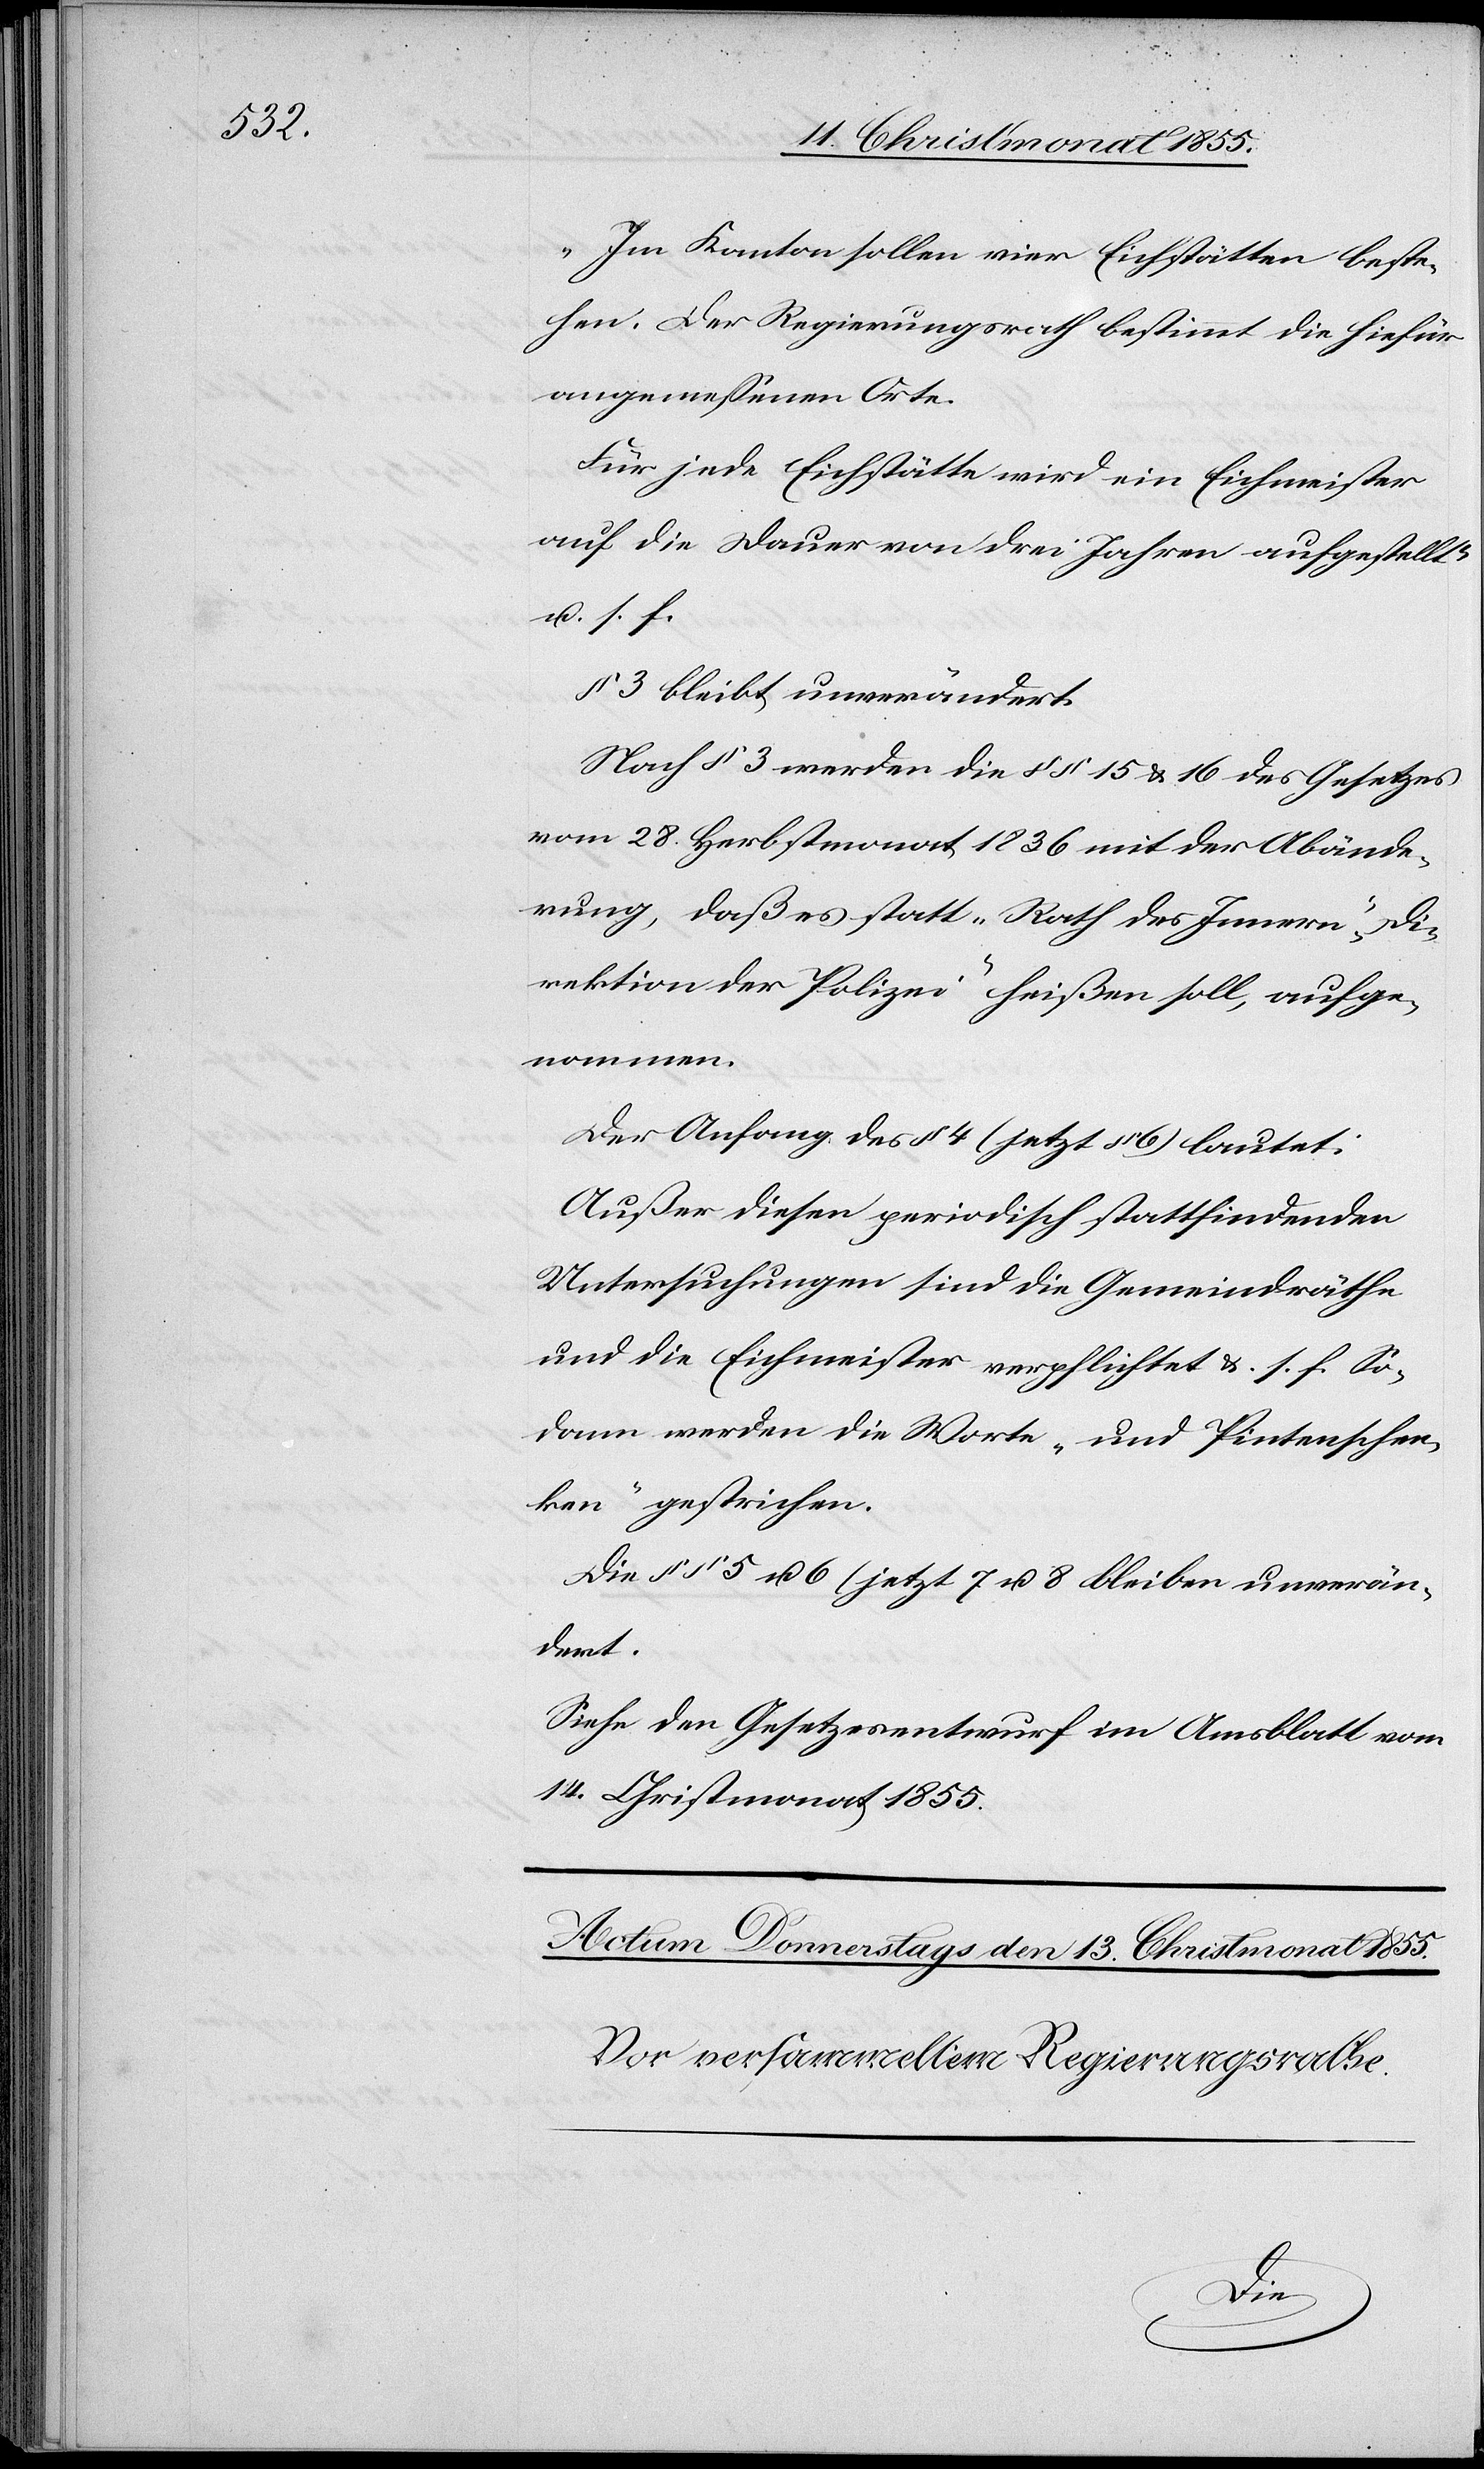
„Im Kanton sollen vier Eichstätten beste¬
hen. Der Regierungsrath bestimmt die hiefür
angemessenen Orte.
Für jede Eichstätte wird ein Eichmeister
auf die Dauer von drei Jahren aufgestellt.“
u. s. f.
§ 3 bleibt unverändert.
Nach § 3 werden die §§ 15 & 16 des Gesetzes
vom 28. Herbstmonat 1836 mit der Abände¬
rung, daß es statt „Rath des Innern“ „Di¬
rektion der Polizei“ heißen soll, aufge¬
nommen.
Der Anfang des § 4 (jetzt § 6) lautet:
Außer diesen periodisch stattfindenden
Untersuchungen sind die Gemeindräthe
und die Eichmeister verpflichtet &. s. f. So¬
dann werden die Worte „und Pintenschen¬
ken“ gestrichen.
Die §§ 5 u. 6 (jetzt 7 u. 8[)] bleiben unverän¬
dert.
Siehe den Gesetzesentwurf im Am[t]sblatt vom
14. Christmonat 1855.